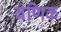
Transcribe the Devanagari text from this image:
बणिक